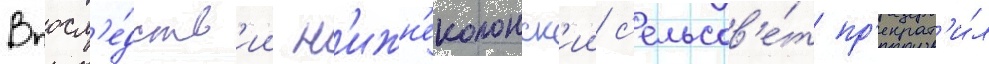
Впосл'е́дств'ии н'ижн'еколонск'ии с'ельсов'е́т пр'екрат'и́л